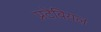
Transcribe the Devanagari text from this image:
प्रटेबियल